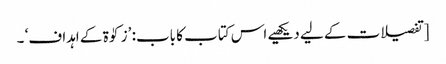
[تفصیلات کے لیے دیکھیے اس کتاب کا باب: ’زکوٰۃ کے اہداف‘ ۔